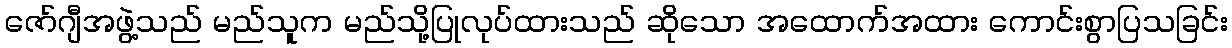
ဇော်ဂျီအဖွဲ့သည် မည်သူက မည်သို့ပြုလုပ်ထားသည် ဆိုသော အထောက်အထား ကောင်းစွာပြသခြင်း